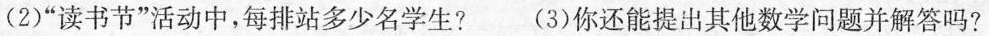
(2)”读书节”活动中，每排站多少名学生? (3)你还能提出其他数学问题并解答吗?